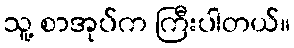
သူ့ စာအုပ်က ကြီးပါတယ်။